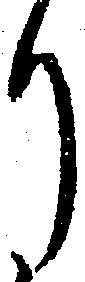
り